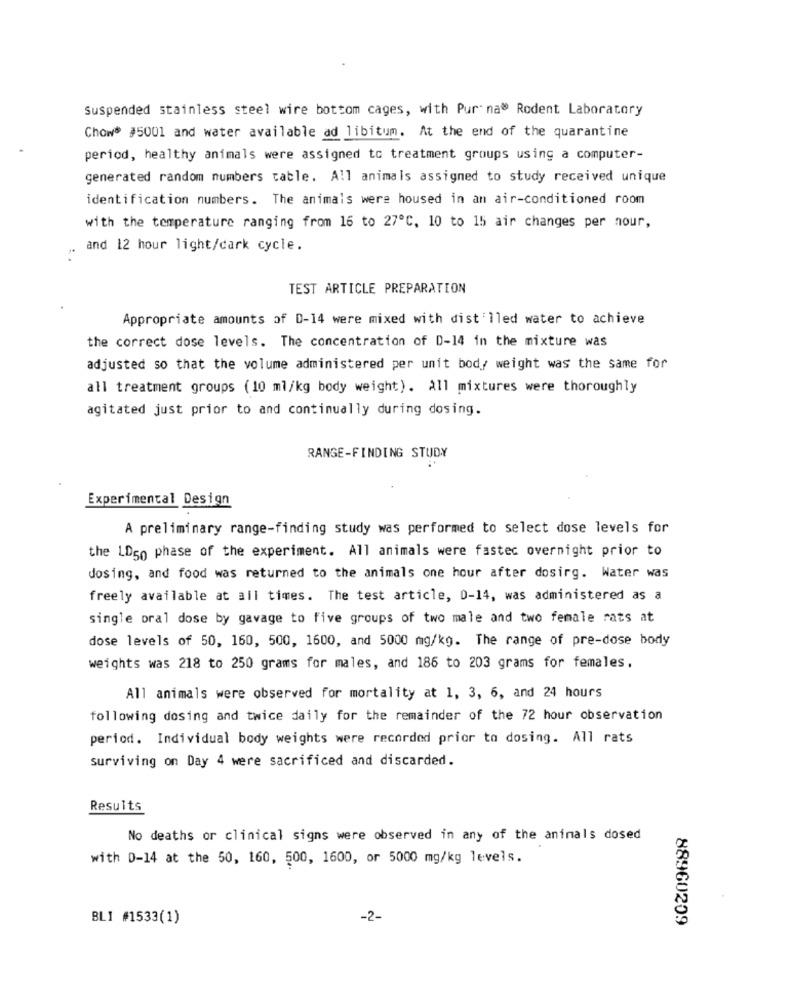
Suspended stainless steel wire bottom cages, with Pur na" Rodent Laboratory
Chow #5001 and water available ad libitum. At the end of the quarantine
period, healthy animals were assigned to treatment groups using a computer-
generated random numbers table. All animals assigned to study received unique
identification numbers. The animals were housed in an air-conditioned room
with the temperature ranging from 16 to 27ºC, 10 to 15 air changes per nour,
and 12 hour light/dark cycle.
TEST ARTICLE PREPARATION
Appropriate amounts of D-14 were mixed with distilled water to achieve
the correct dose levels. The concentration of D-14 in the mixture was
adjusted so that the volume administered per unit body weight was the same for
all treatment groups (10 ml/kg body weight). All mixtures were thoroughly
agitated just prior to and continually during dosing.
RANGE-FINDING STUDY
Experimental Design
A preliminary range-finding study was performed to select dose levels for
the LD50 phase of the experiment. All animals were fastec overnight prior to
dosing, and food was returned to the animals one hour after dosirg. Water was
freely available at all times. The test article, 0-14, was administered as a
single oral dose by gavage to five groups of two male and two female rats at
dose levels of 50, 160, 500, 1600, and 5000 mg/kg. The range of pre-dose body
weights was 218 to 250 grams for males, and 186 to 203 grams for females.
All animals were observed for mortality at 1, 3, 6, and 24 hours
following dosing and twice daily for the remainder of the 72 hour observation
period. Individual body weights were recorded prior to dosing. All rats
surviving on Day 4 were sacrificed and discarded.
Results
No deaths or clinical signs were observed in any of the animals dosed
with D-14 at the 50, 160, 500, 1600, or 5000 mg/kg levels.
BLI #1533(1)
-2-
88960209